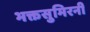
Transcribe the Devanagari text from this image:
भक्तसुमिरनी